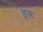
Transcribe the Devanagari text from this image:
डूक